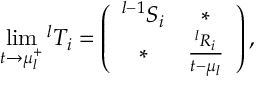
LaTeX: \operatorname * { l i m } _ { t \rightarrow \mu _ { l } ^ { + } } { } ^ { l } T _ { i } = \left( \begin{array} { c c c c } { { { } ^ { l - 1 } S _ { i } } } & { { \ast } } \\ { { \ast } } & { { \frac { { } ^ { l } R _ { i } } { t - \mu _ { l } } } } \end{array} \right) ,